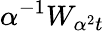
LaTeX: \alpha^{-1}W_{\alpha^{2}t}